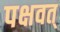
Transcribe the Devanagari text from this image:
पक्षवत्